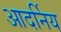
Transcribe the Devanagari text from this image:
आदर्निय